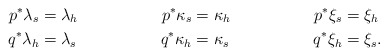
\begin{align*} p^* \lambda_s &= \lambda_h & p^* \kappa_s &= \kappa_h & p^* \xi_s &= \xi_h\\ q^* \lambda_h &= \lambda_s & q^* \kappa_h &= \kappa_s & q^* \xi_h &= \xi_s.\end{align*}